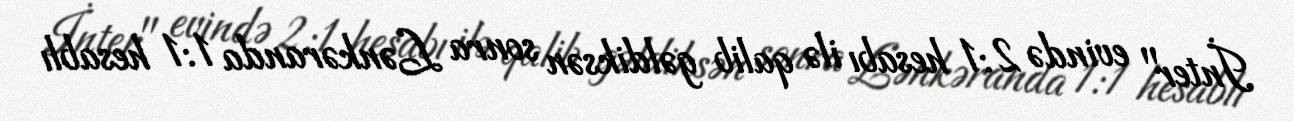
İnter" evində 2:1 hesabı ilə qalib gəldiksən sonra Lənkəranda 1:1 hesablı